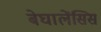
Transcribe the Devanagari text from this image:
बेघालेंसिस